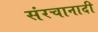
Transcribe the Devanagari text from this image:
संरचानादी